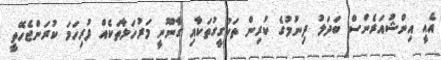
އެއީ އިންޝުއަރެންސް ބަދަލު ދިނުމުގެ ކުރިން ތަހުގީގުތަކާއި ގާނޫނީ މަރުހަލާތަކެއް ފުރިހަމަ ކުރަންޖެހޭތީ